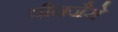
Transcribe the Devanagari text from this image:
चीनजैसे